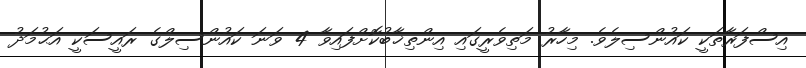
އިސްފަރާތަކީ ކައުންސިލެވެ. މިހާރު މަތިވެރީގައި އިންތިޚާބުކޮށްފައިވާ 4 ވަނަ ކައުންސިލްގެ ރައީސަކީ އަޙުމަދު